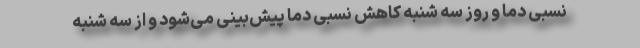
نسبی دما و روز سه شنبه کاهش نسبی دما پیش‌بینی می‌شود و از سه شنبه